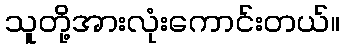
သူတို့အားလုံးကောင်းတယ်။